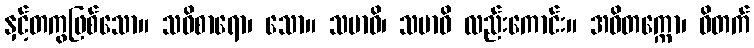
နှင့်တကွဖြစ်သော။ သဝိစာရော၊ သော။ သမာဓိ၊ သမာဓိ လည်းကောင်း။ အဝိတက္ကော၊ ဝိတက်